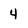
Character: 4